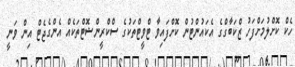
ހެކް ކޮށްލުމަށްފަހު ޒްކަބާގްގެ އެކައުންޓުން ކޮށްފައިވާ ޓްވީޓްތަކުގެ ސްކްރީންޝޮޓްތަކެއް އެންގެޖެޓް އިން ވަނީ